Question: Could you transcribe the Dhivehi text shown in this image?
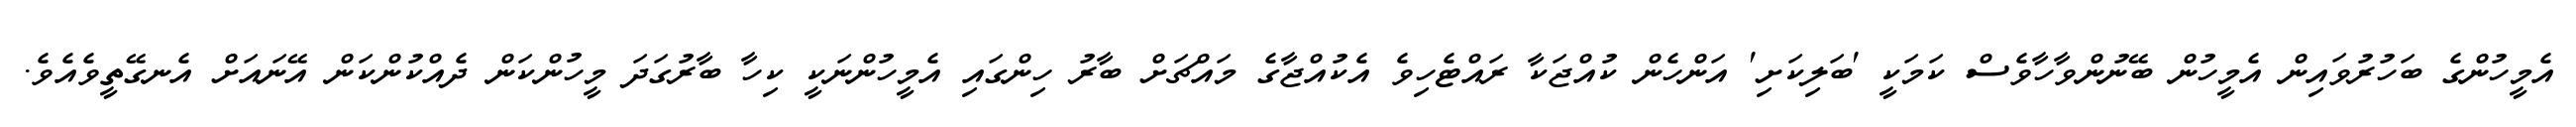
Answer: އެމީހުންގެ ބަހުރުވައިން އެމީހުން ބޭނުންވާހާވެސް ކަމަކީ 'ބަލިކަށި' އަންހެން ކުއްޖަކާ ރައްޓެހިވެ އެކުއްޖާގެ މައްޗަށް ބާރު ހިންގައި އެމީހުންނަކީ ކިހާ ބާރުގަދަ މީހުންކަން ދެއްކުންކަން އޭނައަށް އެނގޭތީވެއެވެ.